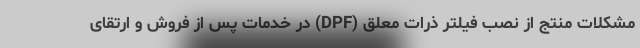
مشکلات منتج از نصب فیلتر ذرات معلق (DPF) در خدمات پس از فروش و ارتقای